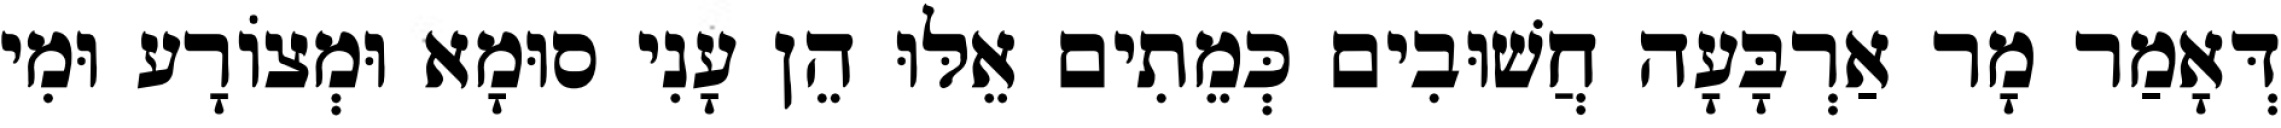
דְּאָמַר מָר אַרְבָּעָה חֲשׁוּבִים כְּמֵתִים אֵלּוּ הֵן עָנִי סוּמָא וּמְצוֹרָע וּמִי